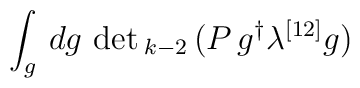
\int_g \, dg \, \det{}_{k-2} \,  (P \, g^\dagger \lambda^{[12]} g )